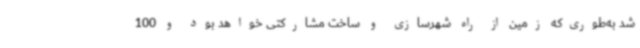
شد به‌طوری‌که زمین از راه شهرسازی و ساخت مشارکتی خواهد بود و 100